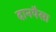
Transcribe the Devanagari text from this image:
दानपैसा